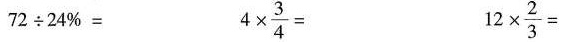
$$7 2 \div 2 4 % =$$ $$4 \times \frac { 3 } { 4 } =$$ $$1 2 \times \frac { 2 } { 3 }=$$